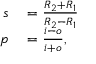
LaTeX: \begin{array} { r l } { s } & { { } = { \frac { R _ { 2 } + R _ { 1 } } { R _ { 2 } - R _ { 1 } } } } \\ { p } & { { } = { \frac { i - o } { i + o } } , } \end{array}